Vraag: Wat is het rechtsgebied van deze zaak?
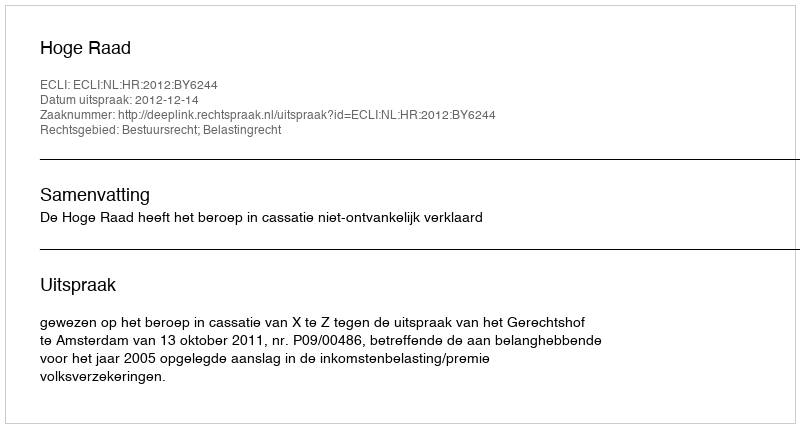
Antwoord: Bestuursrecht; Belastingrecht